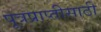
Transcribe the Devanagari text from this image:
पूत्रप्राप्तीसाठी